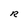
Character: R